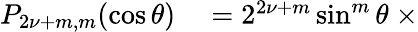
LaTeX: \begin{array}{rl}{P_{2{\nu}+m,m}(\cos\theta)}&{{}=2^{2{\nu}+m}\sin^{m}\theta\ \times}\end{array}